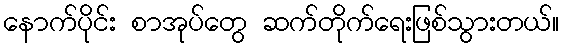
နောက်ပိုင်း စာအုပ်တွေ ဆက်တိုက်ရေးဖြစ်သွားတယ်။